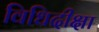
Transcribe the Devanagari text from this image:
विधिदीक्षा